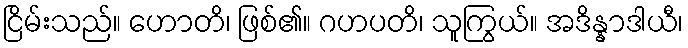
ငြိမ်းသည်။ ဟောတိ၊ ဖြစ်၏။ ဂဟပတိ၊ သူကြွယ်။ အဒိန္နာဒါယီ၊